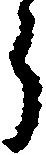
う